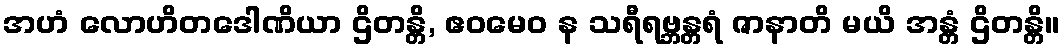
အဟံ လောဟိတဒေါဏိယာ ဌိတန္တိ, ဧဝမေဝ န သရီရဗ္ဘန္တရံ ဇာနာတိ မယိ အန္တံ ဌိတန္တိ။